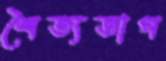
শৈত্যতাপ